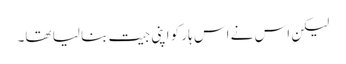
لیکن اس نے اس ہار کو اپنی جیت بنا لیا تھا۔